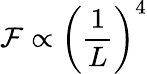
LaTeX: \mathcal{F}\propto\left(\frac{1}{L}\right)^{4}